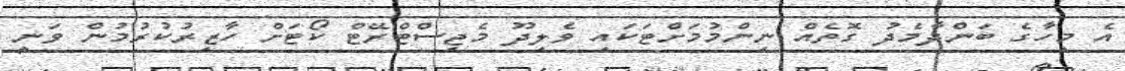
އެ މީހާގެ ބަންދާމެދު ގޮތެއް ނިންމުމަށްޓަކައި ވެލިދޫ މެޖިސްޓްރޭޓް ކޯޓަށް ހާޒިރުކުރުމުން ވަނީ